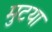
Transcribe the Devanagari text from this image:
मुटया